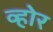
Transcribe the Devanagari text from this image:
व्होर